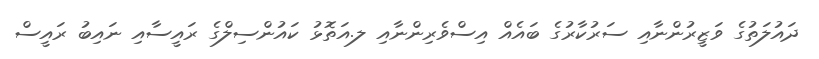
ދައުލަތުގެ ވަޒީރުންނާއި ސަރުކާރުގެ ބައެއް އިސްވެރިންނާއި ލ.އަތޮޅު ކައުންސިލްގެ ރައީސާއި ނައިބު ރައީސް